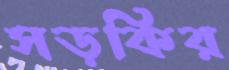
সড়কির